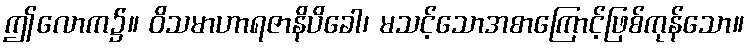
ဤလောက၌။ ဝိသမာဟာရဇာနိပိခေါ၊ မသင့်သောအစာကြောင့်ဖြစ်ကုန်သော။